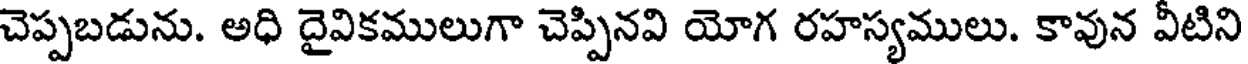
చెప్పబడును. అధి దైవికములుగా చెప్పినవి యోగ రహస్యములు. కావున వీటిని